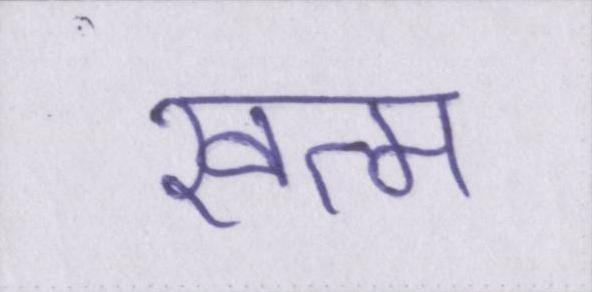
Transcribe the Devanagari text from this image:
खत्म